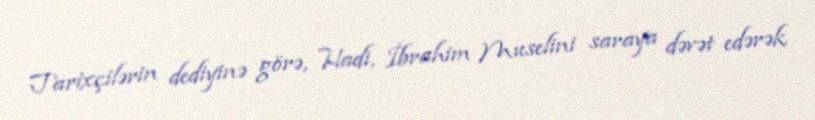
Tarixçilərin dediyinə görə, Hadi, İbrahim Muselini saraya dəvət edərək